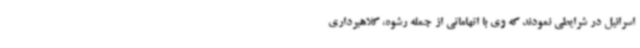
اسرائیل در شرایطی نمودند که وی با اتهاماتی از جمله رشوه، کلاهبرداری